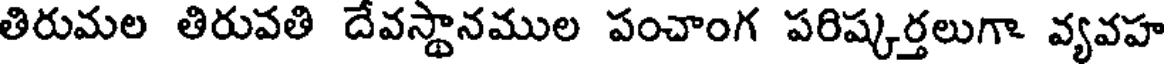
తిరుమల తిరువతి దేవస్థానముల పంచాంగ పరిష్కర్తలుగా వ్యవహ